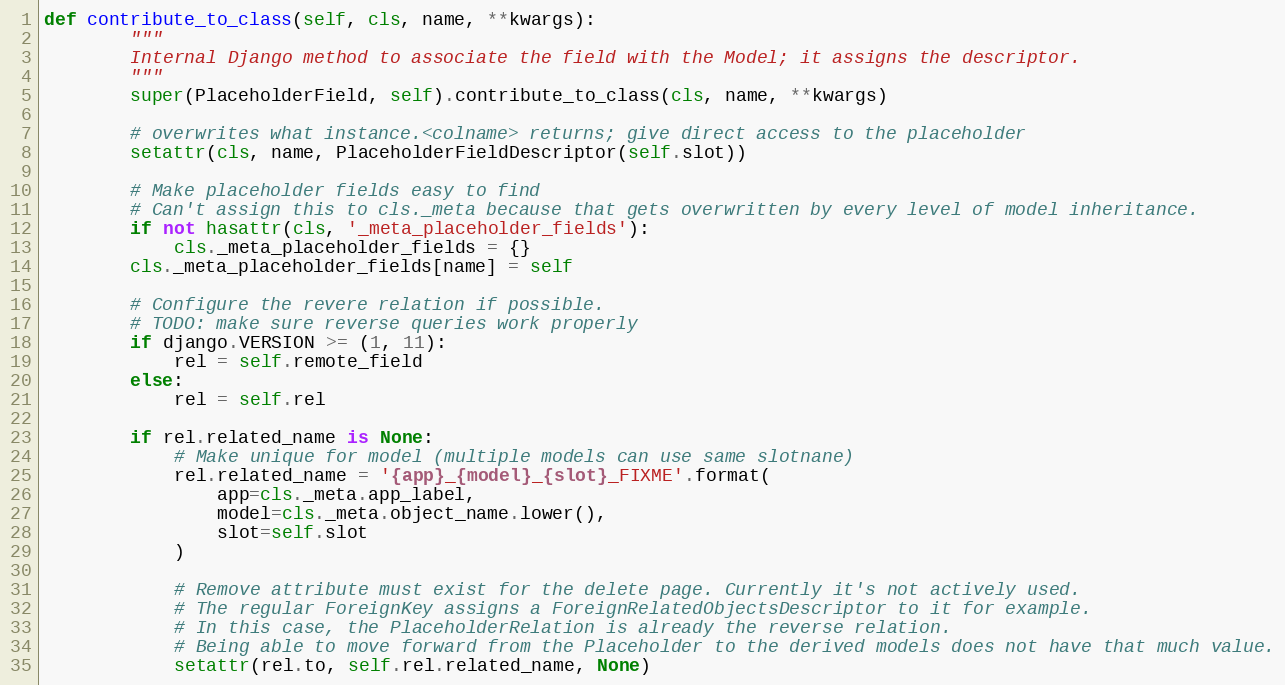
Language: Python
def contribute_to_class(self, cls, name, **kwargs):
        """
        Internal Django method to associate the field with the Model; it assigns the descriptor.
        """
        super(PlaceholderField, self).contribute_to_class(cls, name, **kwargs)

        # overwrites what instance.<colname> returns; give direct access to the placeholder
        setattr(cls, name, PlaceholderFieldDescriptor(self.slot))

        # Make placeholder fields easy to find
        # Can't assign this to cls._meta because that gets overwritten by every level of model inheritance.
        if not hasattr(cls, '_meta_placeholder_fields'):
            cls._meta_placeholder_fields = {}
        cls._meta_placeholder_fields[name] = self

        # Configure the revere relation if possible.
        # TODO: make sure reverse queries work properly
        if django.VERSION >= (1, 11):
            rel = self.remote_field
        else:
            rel = self.rel

        if rel.related_name is None:
            # Make unique for model (multiple models can use same slotnane)
            rel.related_name = '{app}_{model}_{slot}_FIXME'.format(
                app=cls._meta.app_label,
                model=cls._meta.object_name.lower(),
                slot=self.slot
            )

            # Remove attribute must exist for the delete page. Currently it's not actively used.
            # The regular ForeignKey assigns a ForeignRelatedObjectsDescriptor to it for example.
            # In this case, the PlaceholderRelation is already the reverse relation.
            # Being able to move forward from the Placeholder to the derived models does not have that much value.
            setattr(rel.to, self.rel.related_name, None)